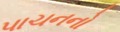
પાચનનો